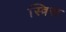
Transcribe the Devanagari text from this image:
स्त्रिस